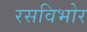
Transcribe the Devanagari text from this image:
रसविभोर